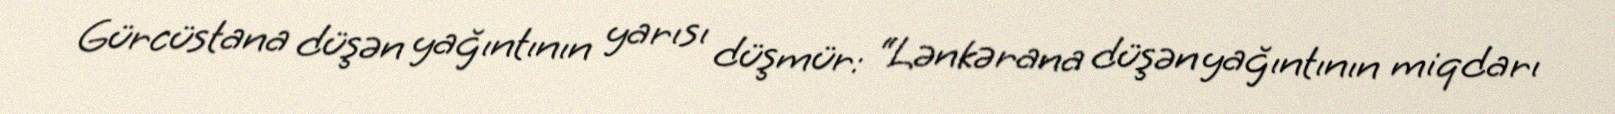
Gürcüstana düşən yağıntının yarısı düşmür: “Lənkərana düşən yağıntının miqdarı